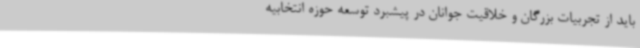
باید از تجربیات بزرگان و خلاقیت جوانان در پیشبرد توسعه حوزه انتخابیه